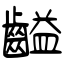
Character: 齸